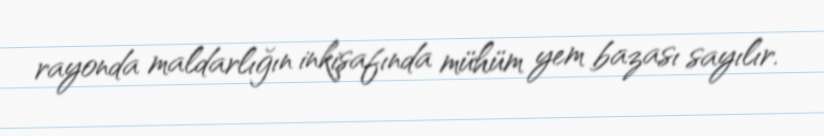
rayonda maldarlığın inkişafında mühüm yem bazası sayılır.